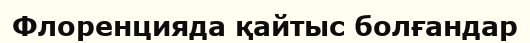
Флоренцияда қайтыс болғандар